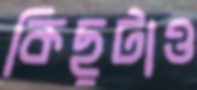
কিছুটাও